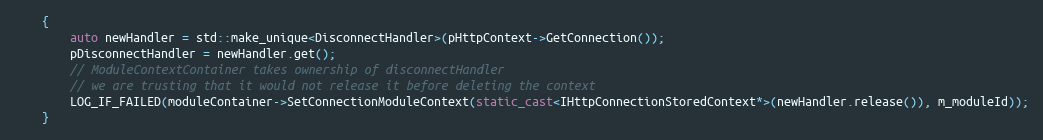
Language: C++
    {
        auto newHandler = std::make_unique<DisconnectHandler>(pHttpContext->GetConnection());
        pDisconnectHandler = newHandler.get();
        // ModuleContextContainer takes ownership of disconnectHandler
        // we are trusting that it would not release it before deleting the context
        LOG_IF_FAILED(moduleContainer->SetConnectionModuleContext(static_cast<IHttpConnectionStoredContext*>(newHandler.release()), m_moduleId));
    }